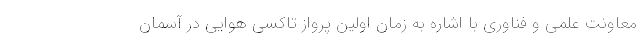
معاونت علمی و فناوری با اشاره به زمان اولین پرواز تاکسی هوایی در آسمان